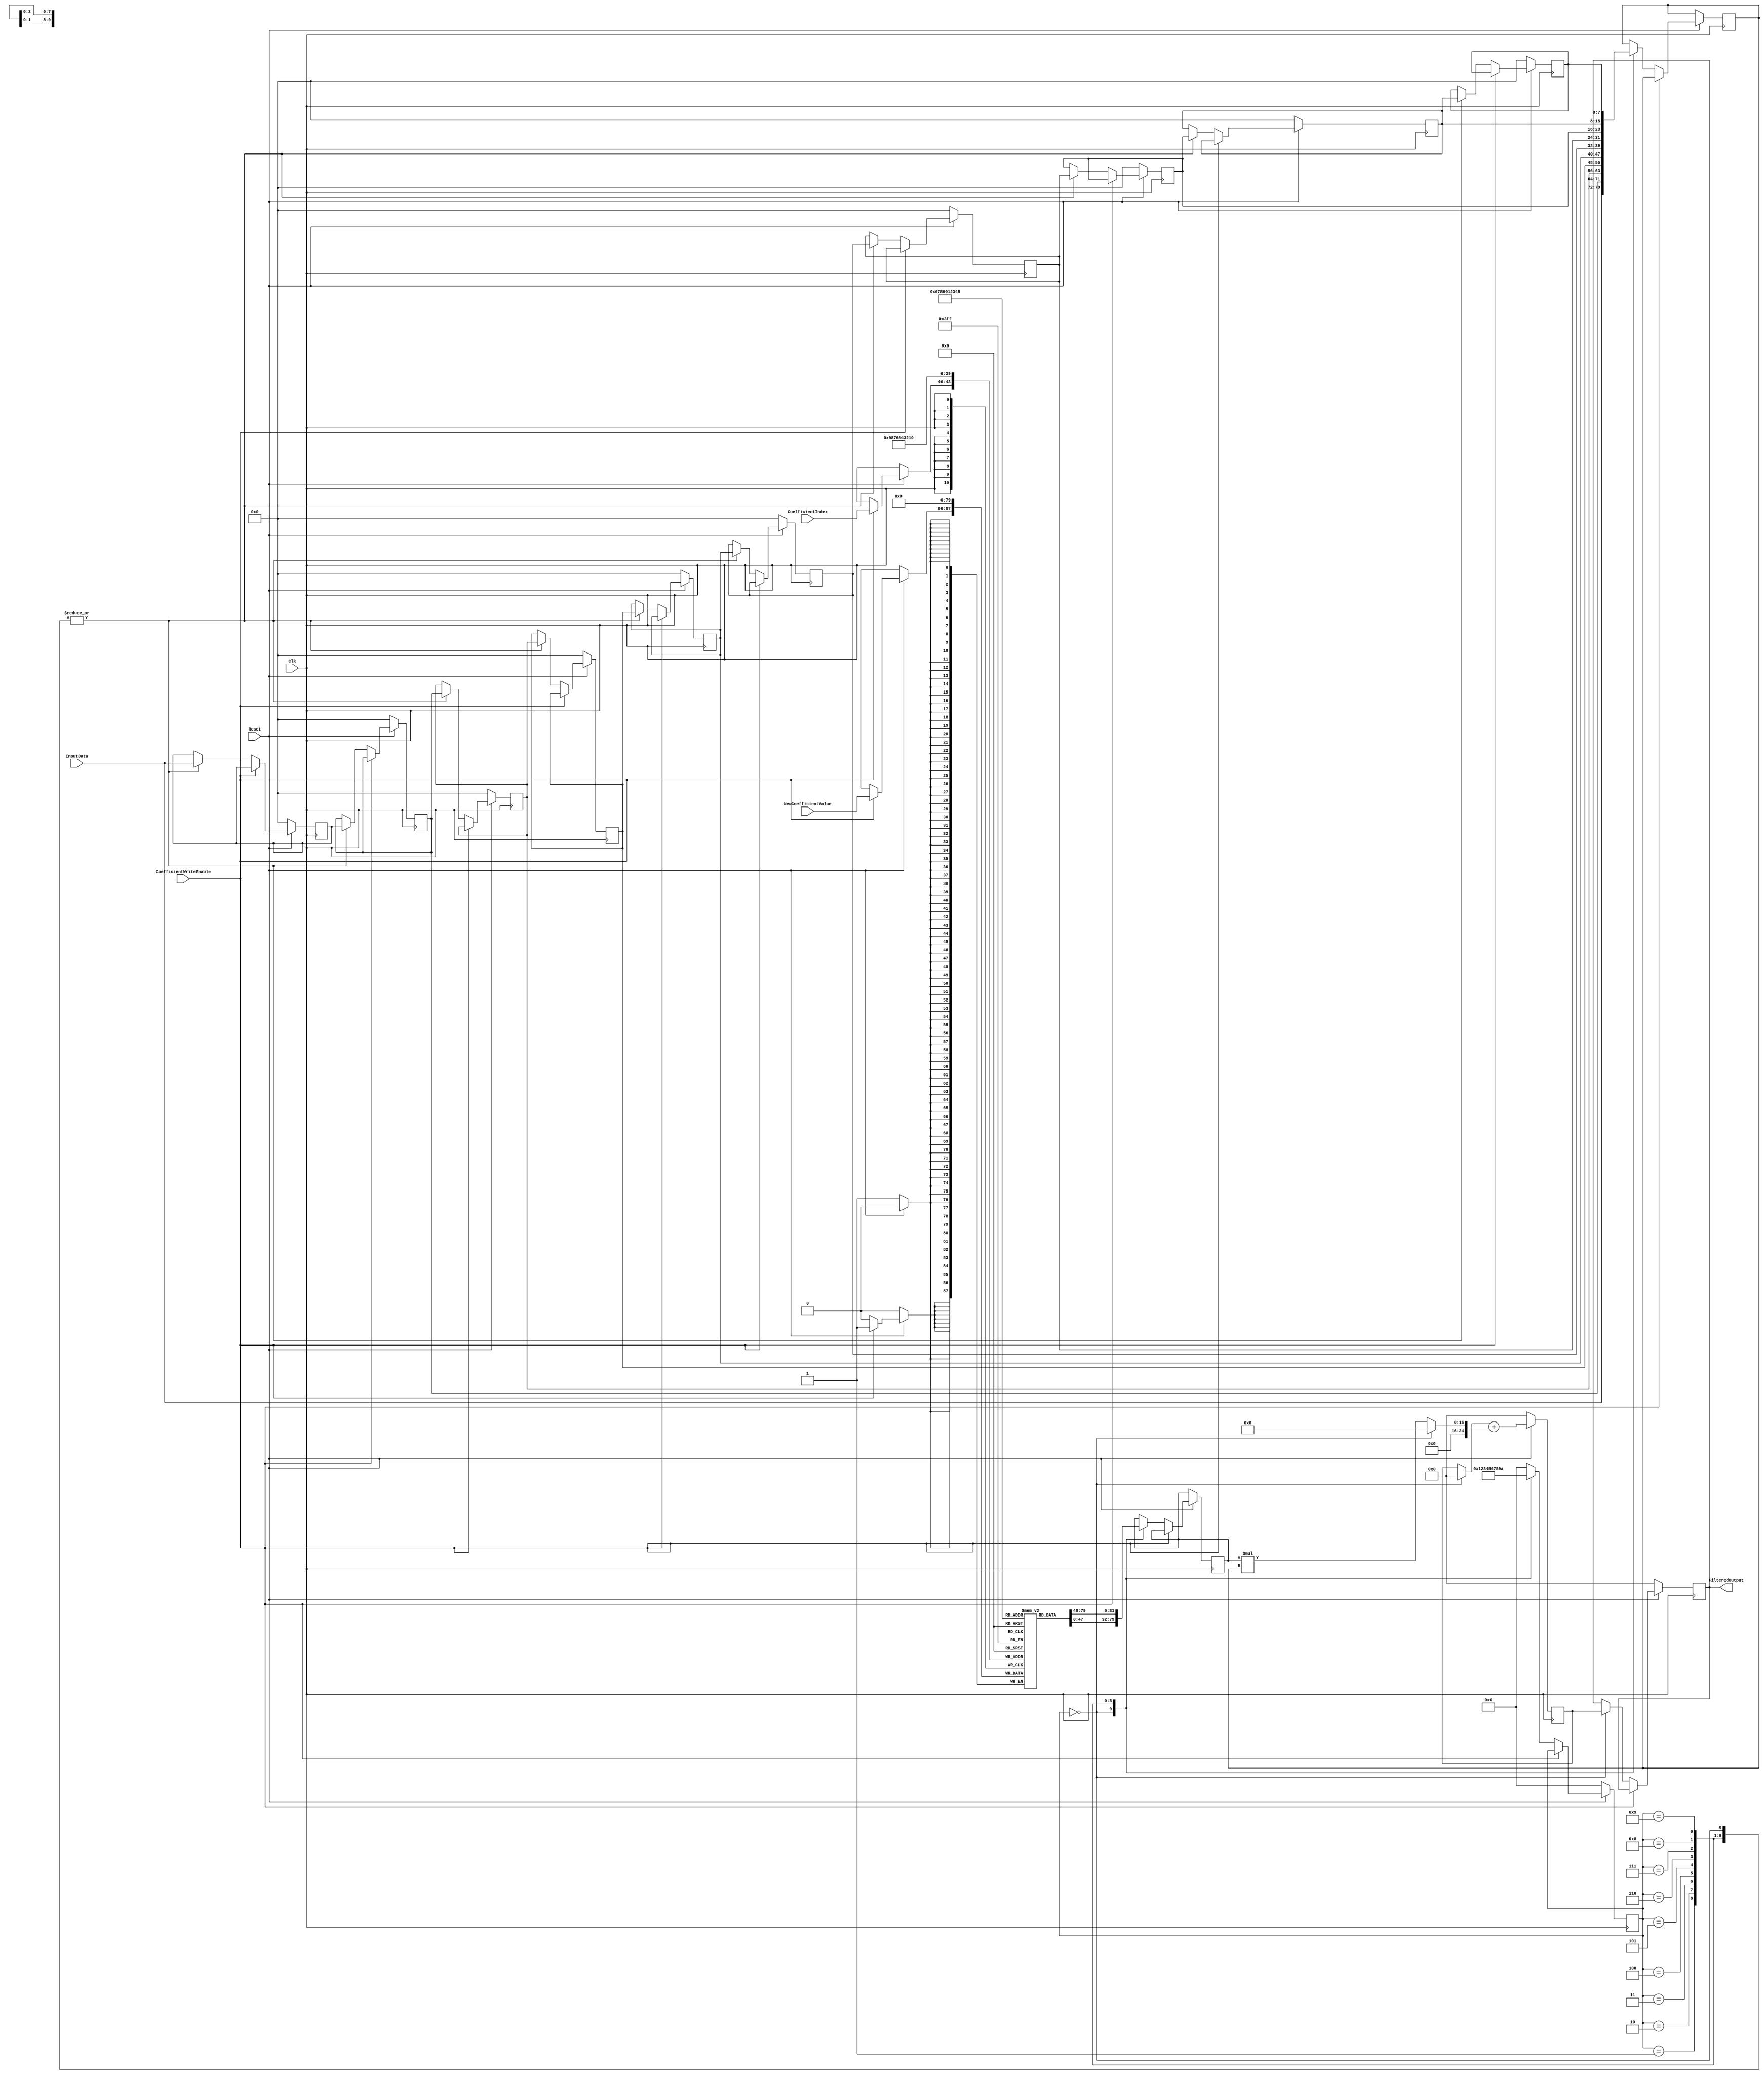
module FIR_Filter_Resource_Share(
    input Clk,                                     // Clock input
    input Reset,                                   // Reset input
    input signed[7:0] InputData,                   // Input data
    input[3:0] CoefficientIndex,                   // Index of coefficient to update
    input signed[7:0] NewCoefficientValue,         // New value for coefficient
    input CoefficientWriteEnable,                  // Enable for coefficient write
    output reg signed[24:0] FilteredOutput        // Filter output
    );
    parameter numberOfTaps = 10;                   // Number of filter taps
    
    integer tapIndex;                              // Loop index for taps
    integer coefficientIndex;                      // Loop index for coefficients
    reg signed[7:0] Coefficients[numberOfTaps - 1:0]; // Coefficient values
    reg signed[7:0] InputFrame[numberOfTaps - 1:0]; // Input data buffer
    reg signed[24:0] OutputResult;                 // Intermediate result
    reg signed[7:0] MultData;
    reg signed[7:0] MultCoef;
    reg [3:0] state;
    reg [24:0] accumsum;
    wire [24:0] MultOut;
    wire [24:0] accum;


    always @(posedge Clk) begin
        if(!Reset) begin                           // Reset condition
            for(tapIndex = 0; tapIndex < numberOfTaps; tapIndex = tapIndex + 1) begin // Initialization
                InputFrame[tapIndex] <= 8'd0;      // Reset input buffer
                Coefficients[tapIndex] <= 8'd0;    // Reset coefficients
            end
            FilteredOutput <= 25'd0;               // Reset output
            state <= 0;
        end
        else begin
            if(CoefficientWriteEnable)             // If coefficient write enable is asserted
                Coefficients[CoefficientIndex] <= NewCoefficientValue; // Update coefficient
            else begin
            case (state)
                0 :begin
                    InputFrame[0] <= InputData;             // New input
                    for(tapIndex = 1; tapIndex < numberOfTaps; tapIndex = tapIndex + 1) begin
                        InputFrame[tapIndex] <= InputFrame[tapIndex-1]; // Shift input buffer
                    end
                    MultData <= InputData;
                    MultCoef <= Coefficients[0];
                    state <= 1;
                    FilteredOutput <= accumsum;
                end 
                1: begin
                    InputFrame[0] <= InputData;             // New input
                    for(tapIndex = 1; tapIndex < numberOfTaps; tapIndex = tapIndex + 1) begin
                        InputFrame[tapIndex] <= InputFrame[tapIndex-1]; // Shift input buffer
                    end
                    MultData <= InputFrame[1];
                    MultCoef <= Coefficients[1];
                    state <= 2;
                end
                2: begin
                    InputFrame[0] <= InputData;             // New input
                    for(tapIndex = 1; tapIndex < numberOfTaps; tapIndex = tapIndex + 1) begin
                        InputFrame[tapIndex] <= InputFrame[tapIndex-1]; // Shift input buffer
                    end
                    MultData <= InputFrame[2];
                    MultCoef <= Coefficients[2];
                    state <= 3;
                end
                3: begin
                    InputFrame[0] <= InputData;             // New input
                    for(tapIndex = 1; tapIndex < numberOfTaps; tapIndex = tapIndex + 1) begin
                        InputFrame[tapIndex] <= InputFrame[tapIndex-1]; // Shift input buffer
                    end
                    MultData <= InputFrame[3];
                    MultCoef <= Coefficients[3];
                    state <= 4;
                end
                4: begin
                    InputFrame[0] <= InputData;             // New input
                    for(tapIndex = 1; tapIndex < numberOfTaps; tapIndex = tapIndex + 1) begin
                        InputFrame[tapIndex] <= InputFrame[tapIndex-1]; // Shift input buffer
                    end
                    MultData <= InputFrame[4];
                    MultCoef <= Coefficients[4];
                    state <= 5;
                end
                5: begin
                    InputFrame[0] <= InputData;             // New input
                    for(tapIndex = 1; tapIndex < numberOfTaps; tapIndex = tapIndex + 1) begin
                        InputFrame[tapIndex] <= InputFrame[tapIndex-1]; // Shift input buffer
                    end
                    MultData <= InputFrame[5];
                    MultCoef <= Coefficients[5];
                    state <= 6;
                end
                6: begin
                    InputFrame[0] <= InputData;             // New input
                    for(tapIndex = 1; tapIndex < numberOfTaps; tapIndex = tapIndex + 1) begin
                        InputFrame[tapIndex] <= InputFrame[tapIndex-1]; // Shift input buffer
                    end
                    MultData <= InputFrame[6];
                    MultCoef <= Coefficients[6];
                    state <= 7;
                end
                7: begin
                    InputFrame[0] <= InputData;             // New input
                    for(tapIndex = 1; tapIndex < numberOfTaps; tapIndex = tapIndex + 1) begin
                        InputFrame[tapIndex] <= InputFrame[tapIndex-1]; // Shift input buffer
                    end
                    MultData <= InputFrame[7];
                    MultCoef <= Coefficients[7];
                    state <= 8;
                end
                8: begin
                    InputFrame[0] <= InputData;             // New input
                    for(tapIndex = 1; tapIndex < numberOfTaps; tapIndex = tapIndex + 1) begin
                        InputFrame[tapIndex] <= InputFrame[tapIndex-1]; // Shift input buffer
                    end
                    MultData <= InputFrame[8];
                    MultCoef <= Coefficients[8];
                    state <= 9;
                end
                9: begin
                    InputFrame[0] <= InputData;             // New input
                    for(tapIndex = 1; tapIndex < numberOfTaps; tapIndex = tapIndex + 1) begin
                        InputFrame[tapIndex] <= InputFrame[tapIndex-1]; // Shift input buffer
                    end
                    MultData <= InputFrame[9];
                    MultCoef <= Coefficients[9];
                    state <= 10;
                end
                10: begin
                    state <= 0;
                end
                default: state <= 0;
            endcase
            end
        end
    end
    
    always @(posedge Clk) begin
        if(!Reset) begin  
            accumsum <= 0;
        end else begin
        accumsum <= accum + MultOut;
        end
    end

assign MultOut = (state==0)?25'd0 : MultCoef*MultData;
assign accum = (state==0)?25'd0 : accumsum;
    
endmodule